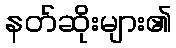
နတ်ဆိုးများ၏